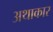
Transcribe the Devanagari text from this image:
अथाकार